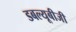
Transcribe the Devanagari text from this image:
डबल्यूबीजी